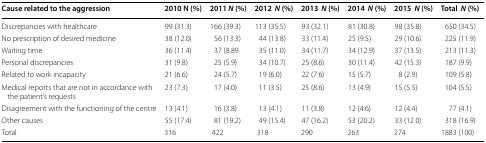
<table><thead><tr><td><b>Cause related to the aggression</b></td><td><b>2010 N (%)</b></td><td><b>2011<i> N</i> (%)</b></td><td><b>2012 <i> N</i> (%)</b></td><td><b>2013 <i> N</i> (%)</b></td><td><b>2014 <i> N</i> (%)</b></td><td><b>2015 <i> N</i> (%)</b></td><td><b>Total <i> N</i> (%)</b></td></tr></thead><tbody><tr><td>Discrepancies with healthcare</td><td>99 (31.3)</td><td>166 (39.3)</td><td>113 (35.5)</td><td>93 (32.1)</td><td>81 (30.8)</td><td>98 (35.8)</td><td>650 (34.5)</td></tr><tr><td>No prescription of desired medicine</td><td>38 (12.0)</td><td>56 (13.3)</td><td>44 (13.8)</td><td>33 (11.4)</td><td>25 (9.5)</td><td>29 (10.6)</td><td>225 (11.9)</td></tr><tr><td>Waiting time</td><td>36 (11.4)</td><td>37 (8.89</td><td>35 (11.0)</td><td>34 (11.7)</td><td>34 (12.9)</td><td>37 (13.5)</td><td>213 (11.3)</td></tr><tr><td>Personal discrepancies</td><td>31 (9.8)</td><td>25 (5.9)</td><td>34 (10.7)</td><td>25 (8.6)</td><td>30 (11.4)</td><td>42 (15.3)</td><td>187 (9.9)</td></tr><tr><td>Related to work incapacity</td><td>21 (6.6)</td><td>24 (5.7)</td><td>19 (6.0)</td><td>22 (7.6)</td><td>15 (5.7)</td><td>8 (2.9)</td><td>109 (5.8)</td></tr><tr><td>Medical reports that are not in accordance with the patient’s requests</td><td>23 (7.3)</td><td>17 (4.0)</td><td>11 (3.5)</td><td>25 (8.6)</td><td>13 (4.9)</td><td>15 (5.5)</td><td>104 (5.5)</td></tr><tr><td>Disagreement with the functioning of the centre</td><td>13 (4.1)</td><td>16 (3.8)</td><td>13 (4.1)</td><td>11 (3.8)</td><td>12 (4.6)</td><td>12 (4.4)</td><td>77 (4.1)</td></tr><tr><td>Other causes</td><td>55 (17.4)</td><td>81 (19.2)</td><td>49 (15.4)</td><td>47 (16.2)</td><td>53 (20.2)</td><td>33 (12.0)</td><td>318 (16.9)</td></tr><tr><td>Total</td><td>316</td><td>422</td><td>318</td><td>290</td><td>263</td><td>274</td><td>1883 (100)</td></tr></tbody></table>